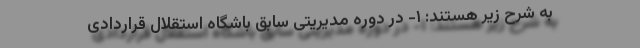
به شرح زیر هستند: ۱- در دوره مدیریتی سابق باشگاه استقلال قراردادی